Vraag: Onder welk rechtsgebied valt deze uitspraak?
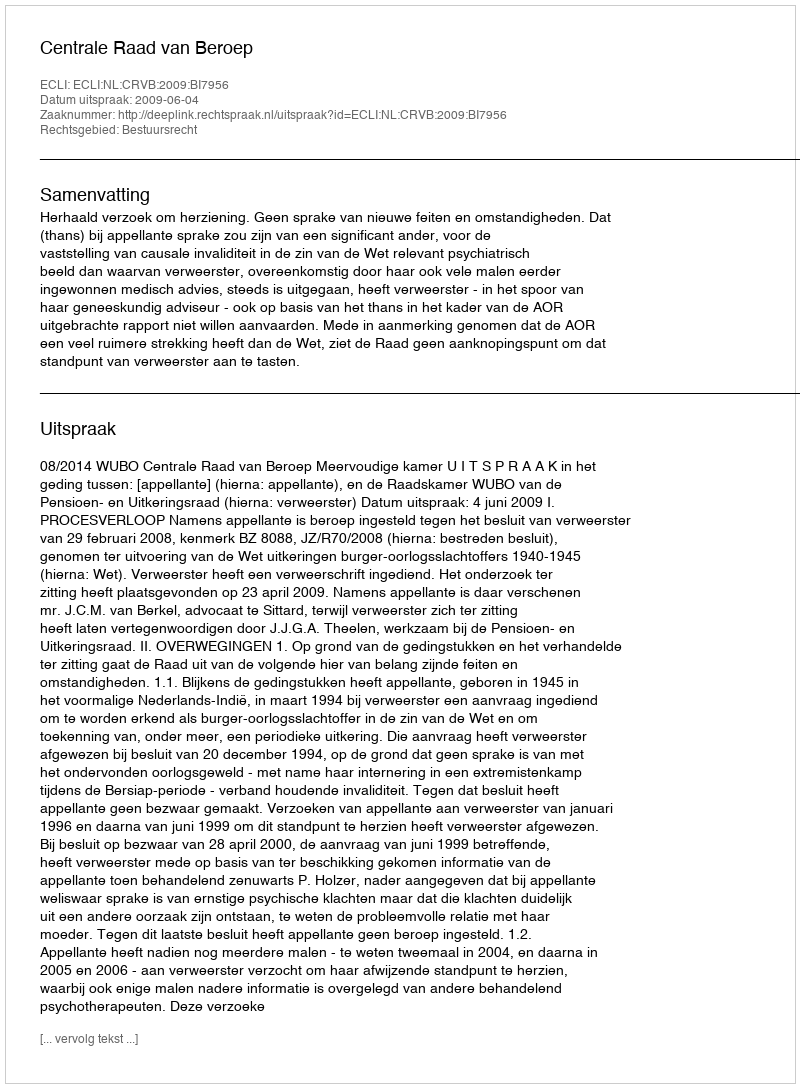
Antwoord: Bestuursrecht